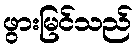
ဖွားမြင်သည်